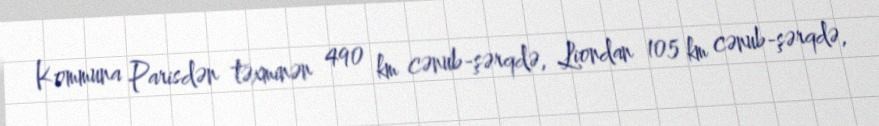
Kommuna Parisdən təxminən 490 km cənub-şərqdə, Liondan 105 km cənub-şərqdə,